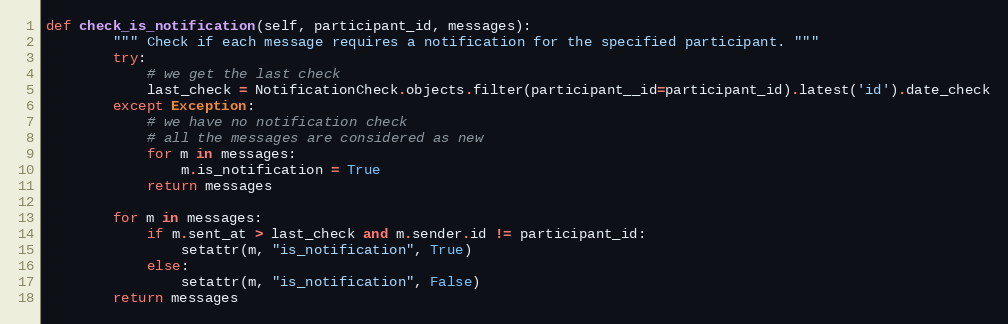
Language: Python
def check_is_notification(self, participant_id, messages):
        """ Check if each message requires a notification for the specified participant. """
        try:
            # we get the last check
            last_check = NotificationCheck.objects.filter(participant__id=participant_id).latest('id').date_check
        except Exception:
            # we have no notification check
            # all the messages are considered as new
            for m in messages:
                m.is_notification = True
            return messages

        for m in messages:
            if m.sent_at > last_check and m.sender.id != participant_id:
                setattr(m, "is_notification", True)
            else:
                setattr(m, "is_notification", False)
        return messages